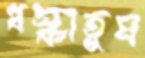
ধস্‌কাতুম